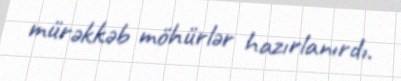
mürəkkəb möhürlər hazırlanırdı.